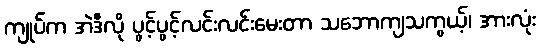
ကျုပ်က အဲဒီလို ပွင့်ပွင့်လင်းလင်းမေးတာ သဘောကျသကွယ့်၊ အားလုံး